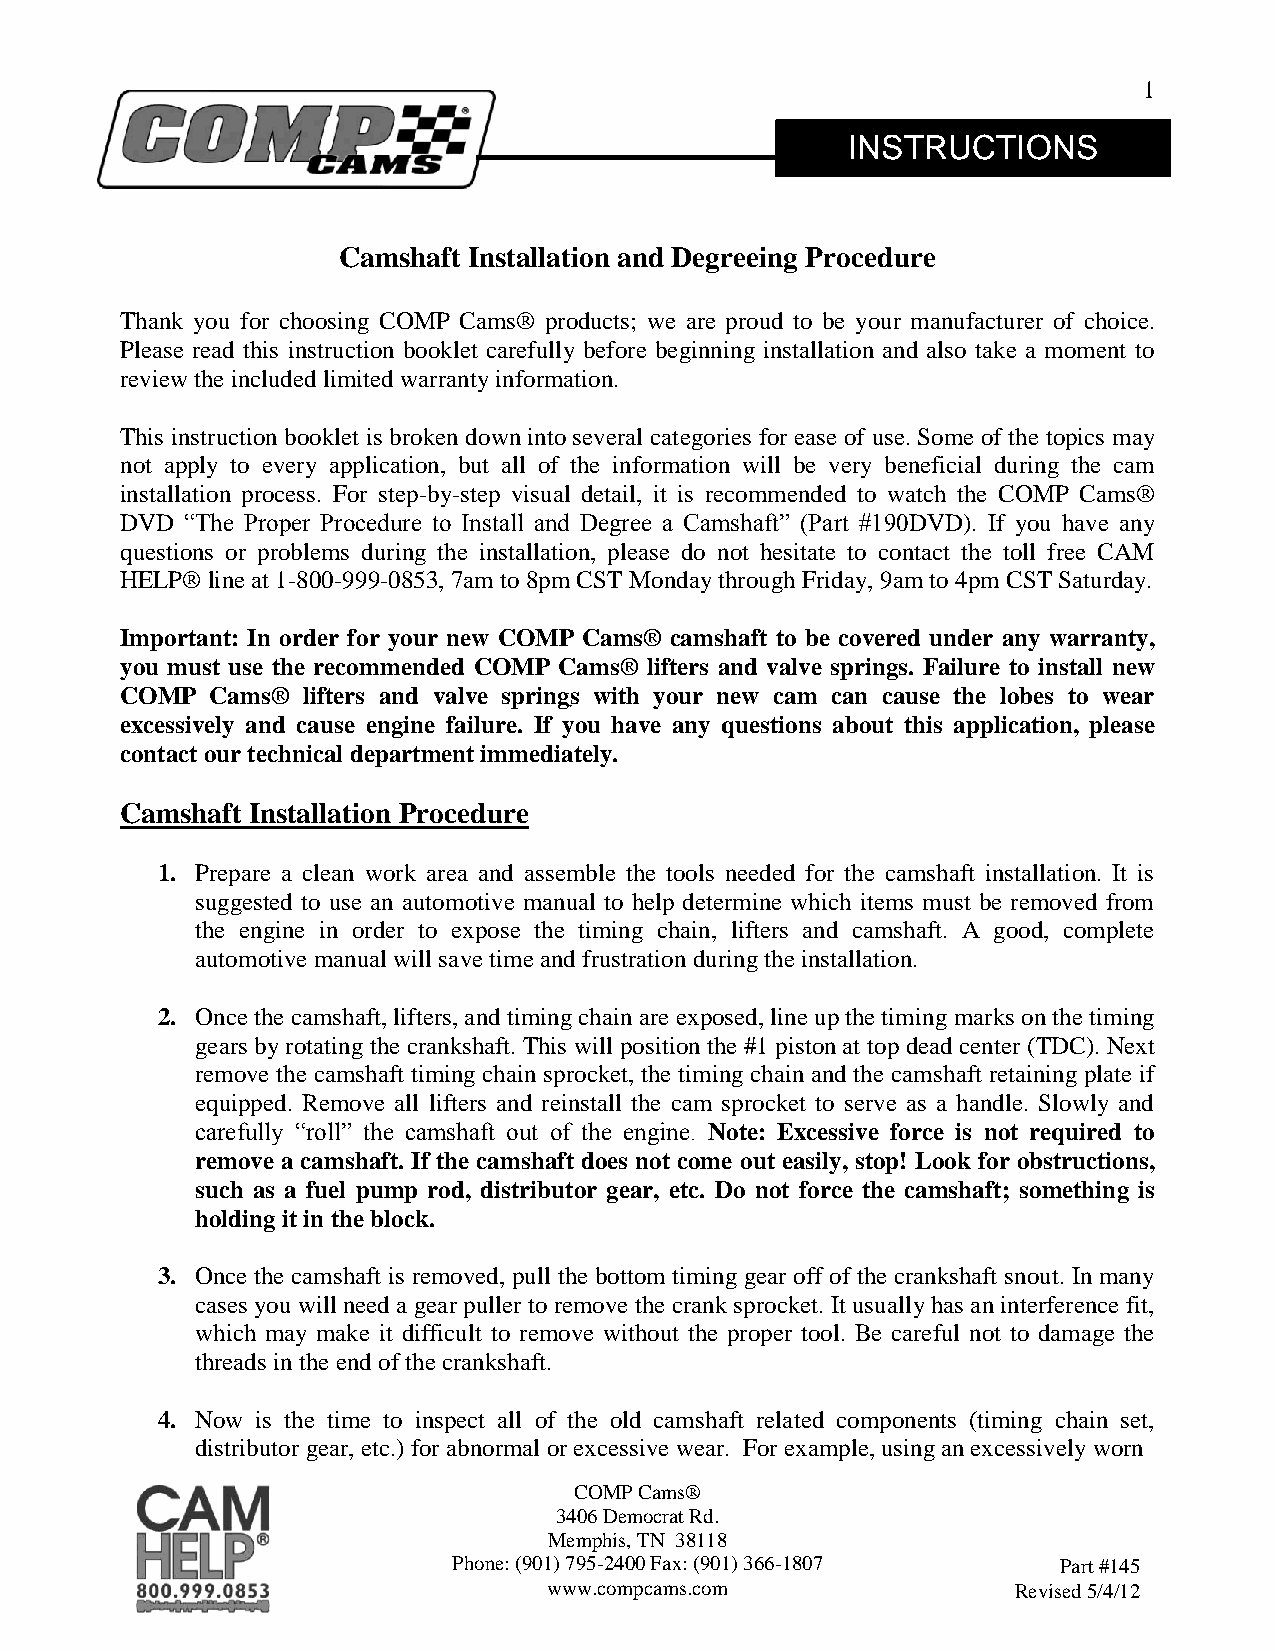
1
 INSTRUCTIONS
 Camshaft Installation and Degreeing Procedure
 Thank you for choosing COMP Cams® products; we are proud to be your manufacturer of choice.
 Please read this instruction booklet carefully before beginning installation and also take a moment to
 review the included limited warranty information.
 This instruction booklet is broken down into several categories for ease of use. Some of the topics may
 not apply to every application, but all of the information will be very beneficial during the cam
 installation process. For step-by-step visual detail, it is recommended to watch the COMP Cams®
 DVD “The Proper Procedure to Install and Degree a Camshaft” (Part #190DVD). If you have any
 questions or problems during the installation, please do not hesitate to contact the toll free CAM
 HELP® line at 1-800-999-0853, 7am to 8pm CST Monday through Friday, 9am to 4pm CST Saturday.
 Important: In order for your new COMP Cams® camshaft to be covered under any warranty,
 you must use the recommended COMP Cams® lifters and valve springs. Failure to install new
 COMP  Cams® lifters and valve springs with your new cam can cause the lobes to wear
 excessively and cause engine failure. If you have any questions about this application, please
 contact our technical department immediately.
 Camshaft Installation Procedure
 1. Prepare a clean work area and assemble the tools needed for the camshaft installation. It is
 suggested to use an automotive manual to help determine which items must be removed from
 the engine in order to expose the timing chain, lifters and camshaft. A good, complete
 automotive manual will save time and frustration during the installation.
 2. Once the camshaft, lifters, and timing chain are exposed, line up the timing marks on the timing
 gears by rotating the crankshaft. This will position the #1 piston at top dead center (TDC). Next
 remove the camshaft timing chain sprocket, the timing chain and the camshaft retaining plate if
 equipped. Remove all lifters and reinstall the cam sprocket to serve as a handle. Slowly and
 carefully “roll” the camshaft out of the engine. Note: Excessive force is not required to
 remove a camshaft. If the camshaft does not come out easily, stop! Look for obstructions,
 such as a fuel pump rod, distributor gear, etc. Do not force the camshaft; something is
 holding it in the block.
 3. Once the camshaft is removed, pull the bottom timing gear off of the crankshaft snout. In many
 cases you will need a gear puller to remove the crank sprocket. It usually has an interference fit,
 which may make it difficult to remove without the proper tool. Be careful not to damage the
 threads in the end of the crankshaft.
 4. Now is the time to inspect all of the old camshaft related components (timing chain set,
 distributor gear, etc.) for abnormal or excessive wear. For example, using an excessively worn
 COMP Cams®
 3406 Democrat Rd.
 Memphis, TN 38118
 Phone: (901) 795-2400 Fax: (901) 366-1807 Part #145
 www.compcams.com               Revised 5/4/12